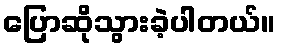
ပြောဆိုသွားခဲ့ပါတယ်။